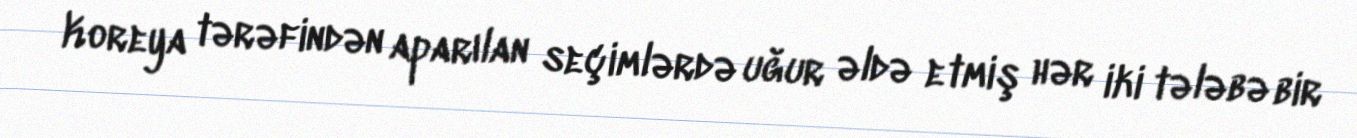
Koreya tərəfindən aparılan seçimlərdə uğur əldə etmiş hər iki tələbə bir